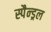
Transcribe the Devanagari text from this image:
स्पैन्ड्रल